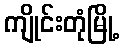
ကျိုင်းတုံမြို့